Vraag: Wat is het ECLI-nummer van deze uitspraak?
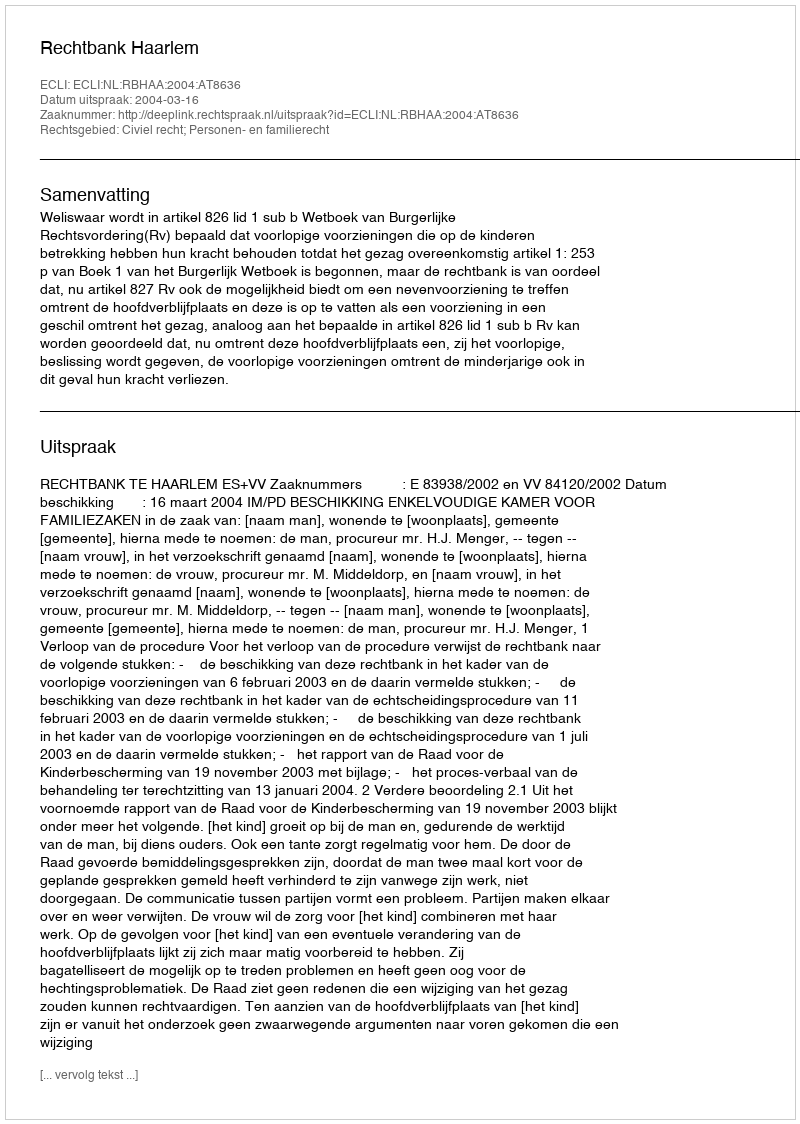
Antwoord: ECLI:NL:RBHAA:2004:AT8636